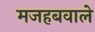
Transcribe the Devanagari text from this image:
मजहबवाले